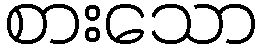
စားသော